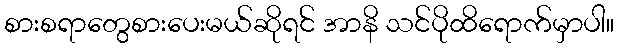
စားစရာတွေစားပေးမယ်ဆိုရင် အာနိ သင်ပိုထိရောက်မှာပါ။